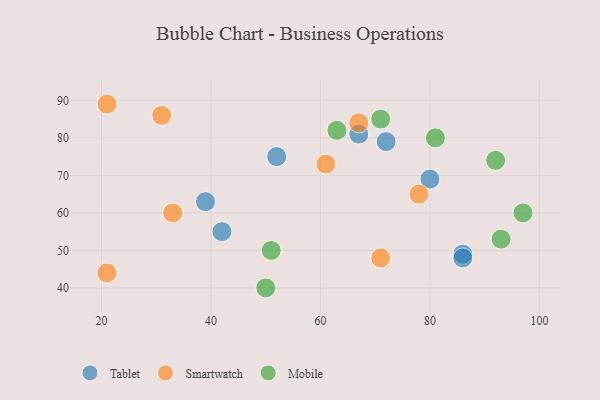
{"axis": {"x": "GDP", "y": "Life Expectancy"}, "legend": ["Mobile", "Smartwatch", "Tablet"], "data": [{"x": "80", "y": 69, "type": "Tablet"}, {"x": "72", "y": 79, "type": "Tablet"}, {"x": "86", "y": 49, "type": "Tablet"}, {"x": "86", "y": 48, "type": "Tablet"}, {"x": "67", "y": 81, "type": "Tablet"}, {"x": "42", "y": 55, "type": "Tablet"}, {"x": "52", "y": 75, "type": "Tablet"}, {"x": "39", "y": 63, "type": "Tablet"}, {"x": "33", "y": 60, "type": "Smartwatch"}, {"x": "21", "y": 44, "type": "Smartwatch"}, {"x": "71", "y": 48, "type": "Smartwatch"}, {"x": "61", "y": 73, "type": "Smartwatch"}, {"x": "21", "y": 89, "type": "Smartwatch"}, {"x": "78", "y": 65, "type": "Smartwatch"}, {"x": "31", "y": 86, "type": "Smartwatch"}, {"x": "67", "y": 84, "type": "Smartwatch"}, {"x": "63", "y": 82, "type": "Mobile"}, {"x": "97", "y": 60, "type": "Mobile"}, {"x": "51", "y": 50, "type": "Mobile"}, {"x": "93", "y": 53, "type": "Mobile"}, {"x": "50", "y": 40, "type": "Mobile"}, {"x": "92", "y": 74, "type": "Mobile"}, {"x": "71", "y": 85, "type": "Mobile"}, {"x": "81", "y": 80, "type": "Mobile"}]}